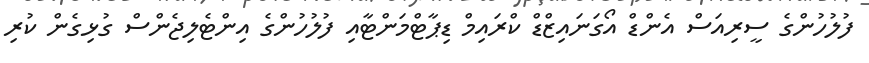
ފުލުހުންގެ ސީރިއަސް އެންޑް އޯގަނައިޒްޑް ކްރައިމް ޑިޕާޓްމަންޓާއި ފުލުހުންގެ އިންޓެލިޖެންސް ގުޅިގެން ކުރި